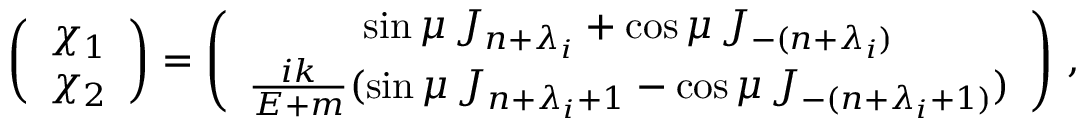
\left( \begin{array} { c } { { \chi _ { 1 } } } \\ { { \chi _ { 2 } } } \end{array} \right) = \left( \begin{array} { c } { { \sin \mu \, J _ { n + \lambda _ { i } } + \cos \mu \, J _ { - ( n + \lambda _ { i } ) } } } \\ { { \frac { i k } { E + m } ( \sin \mu \, J _ { n + \lambda _ { i } + 1 } - \cos \mu \, J _ { - ( n + \lambda _ { i } + 1 ) } ) } } \end{array} \right) \, ,